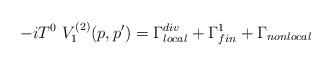
LaTeX: \begin{align*}-iT^{0}\,\,V_{1}^{(2)}(p,p^{\prime })=\Gamma _{local}^{div}+\Gamma_{fin}^{1}+\Gamma _{nonlocal}\end{align*}